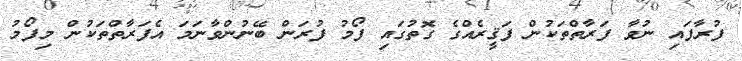
ފުރާފައި ނުވާ ފަރާތްތަކުން ފަޤީރެއްގެ ގޮތުގައި ފޯމު ފުރަން ބޭނުންވާނަމަ އެފަރާތްތަކުން މިފޯމު